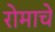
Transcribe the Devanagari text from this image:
रोमाचे